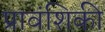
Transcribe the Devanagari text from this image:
प्रावंशिकी